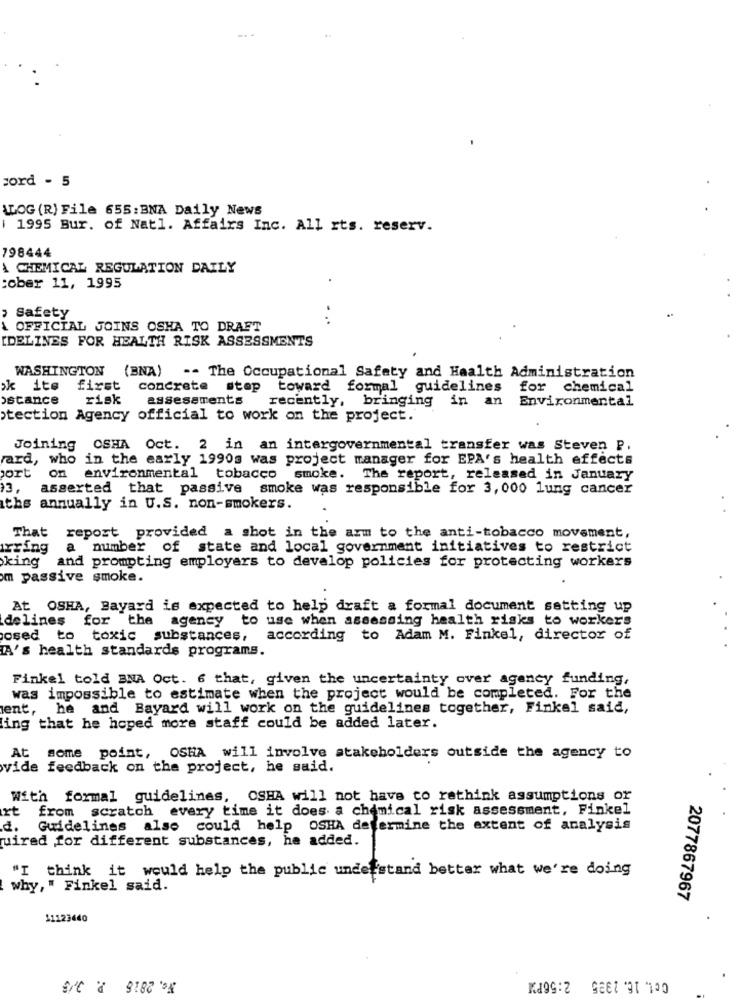
-. -
sord - 5
ALOG (R) File 655: BNA Daily News
i 1995 Bur. of Natl. Affairs Inc. All rts. reserv.
798444
A CHEMICAL REGULATION DAILY
:ober 11, 1995
Safety
A OFFICIAL JOINS OSHA TO DRAFT
IDELINES FOR HEALTH RISK ASSESSMENTS
WASHINGTON (BNA) -- The Occupational Safety and Health Administration
ok ite
first
concrete
stop
toward formal guidelines for chemical
ostance
risk
assessments
recently, bringing in an Environmental
otection Agency official to work on the project.
Joining OSHA Oct. 2 in an intergovernmental transfer was Steven P.
rard, who in the early 1990s was project manager for EPA's health effects
on
port
environmental tobacco smoke. The report, released in January
13.
asserted that passive smoke was responsible for 3, 000 lung cancer
ths annually in U.S. non-smokers.
That report provided a shot in the arm to the anti-tobacco movement,
rring
a number of state and local government initiatives to restrict
king
and prompting employers to develop policies for protecting workers
m passive smoke.
At OSHA, Bayard is expected to help draft a formal document setting up
delines for the agency to use when assessing health risks to workers
osed to toxic substances,
according to Adam M. Finkel, director of
A's health standards programs.
Finkel told BNA Oct. 6 that, given the uncertainty over agency funding,
was impossible to estimate when the project would be completed. For the
ent, he and Bayard will work on the guidelines together, Finkel said,
ing that he hoped more staff could be added later.
At some point, OSHA will involve stakeholders outside the agency to
vide feedback on the project, he said.
With formal guidelines, OSHA will not have to rethink assumptions or
rt from scratch every time it does a chemical risk assessment, Finkel
d.
Guidelines also could help OSHA determine the extent of analysis
uired for different substances, he added.
"I think it would help the public understand better what we're doing
why," Finkel said.
2077867967
11123440
No. 2816 P. 3/5
Oct. 16. 1335 2:56PM